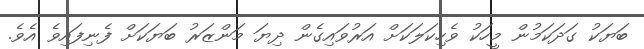
ބަޔަކު ގަދަކަމުން މީހަކު ވެހިކަލަކަށް އަރުވައިގެން ދިޔަ މަންޒަރު ބަޔަކަށް ފެނިފައިވެ އެވެ.